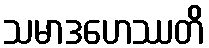
သမာဒဟေဿတိ